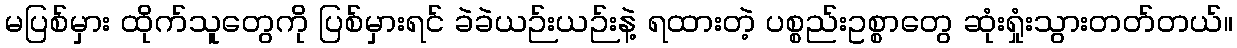
မပြစ်မှား ထိုက်သူတွေကို ပြစ်မှားရင် ခဲခဲယဉ်းယဉ်းနဲ့ ရထားတဲ့ ပစ္စည်းဥစ္စာတွေ ဆုံးရှုံးသွားတတ်တယ်။